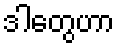
ဒါတွေဟာ